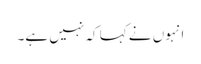
انہوں نے کہا کہ نہیں ہے۔